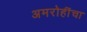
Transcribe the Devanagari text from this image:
अमरोहींचा